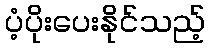
ပံ့ပိုးပေးနိုင်သည့်